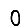
Digit: 0